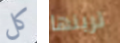
كل ترينها